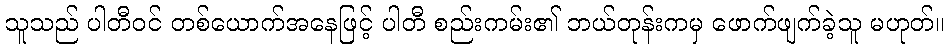
သူသည် ပါတီဝင် တစ်ယောက်အနေဖြင့် ပါတီ စည်းကမ်း၏ ဘယ်တုန်းကမှ ဖောက်ဖျက်ခဲ့သူ မဟုတ်။